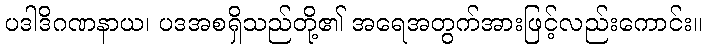
ပဒါဒိဂဏနာယ၊ ပဒအစရှိသည်တို့၏ အရေအတွက်အားဖြင့်လည်းကောင်း။